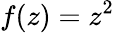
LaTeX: f(z)=z^{2}